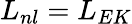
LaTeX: L_{nl}=L_{EK}